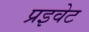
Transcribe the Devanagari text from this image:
प्रइवेट